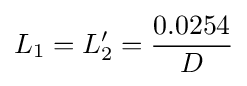
L_{1}=L'_{2}={\frac {0.0254}{D}}